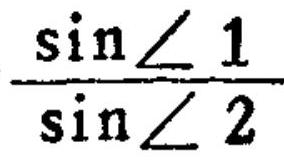
\(\frac{\sin\angle 1}{\sin\angle 2}\)